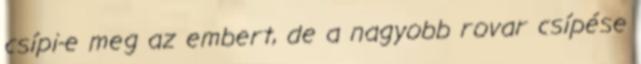
csípi-e meg az embert, de a nagyobb rovar csípése